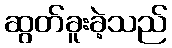
ဆွတ်ခူးခဲ့သည်